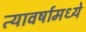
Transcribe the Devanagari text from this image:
त्यावर्षामध्ये